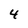
Character: 4